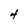
Character: 4